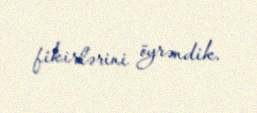
fikirlərini öyrəndik.